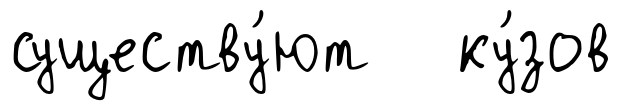
существу́ют ку́зов